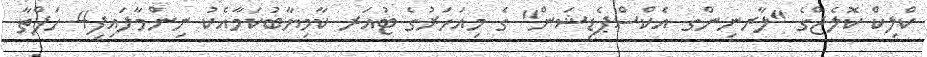
ކްލިކް ކޮލެޖްގެ "ލާރނިންގ އެކްސްޕެޑިޝަން" ގެ މިއަހަރުގެ ޓުއަރ ކާމިޔާބުކަމާއެކު ނިންމާލައިފި4 ހަފްތާ